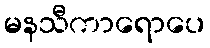
မနသီကာရောပေ